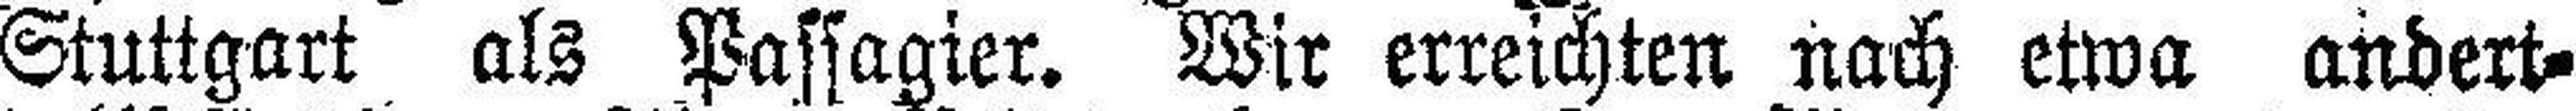
Stuttgart als Passagier. Wir erreichten nach etwa andert¬